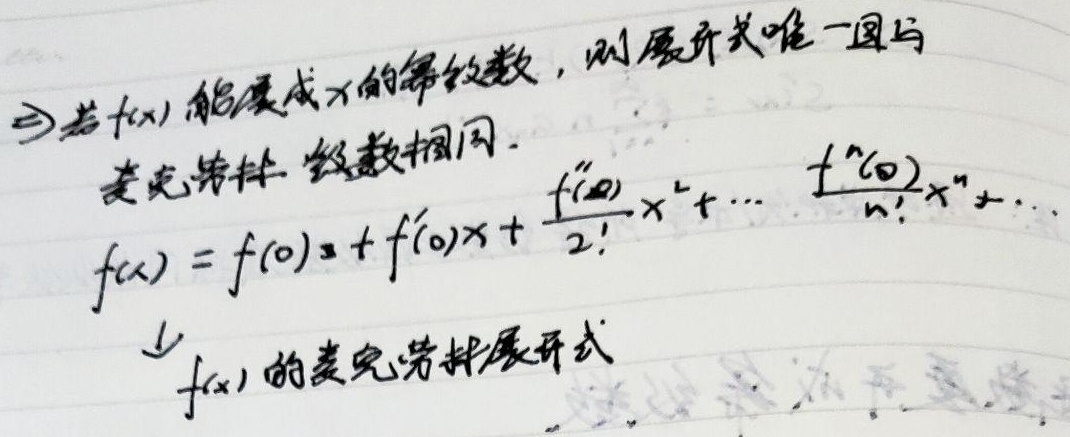
$\Rightarrow$若$f(x)$能展成$x$的幂级数，则展开式唯一且与麦克劳林级数相同。
\[f(x)=f(0)+f^{\prime}(0)x + \frac{f^{\prime\prime}(0)}{2!}x^{2}+\cdots+\frac{f^{(n)}(0)}{n!}x^{n}+\cdots\]
↓$f(x)$的麦克劳林展开式